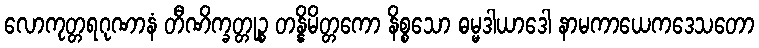
လောကုတ္တရဂုဏာနံ တီဏိက္ခတ္တုဉ္စ တန္နိမိတ္တကော နိစ္စသော ဓမ္မဒါယာဒေါ နာမကာယေကဒေသတော